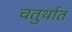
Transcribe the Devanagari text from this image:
चतुर्थात